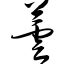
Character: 芸